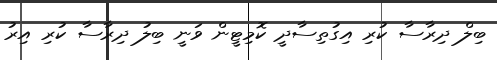
ބިލް ދިރާސާ ކުރި އިގުތިސާދީ ކޮމިޓީން ވަނީ ބިލު ދިރާސާ ކުރި އިރު